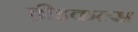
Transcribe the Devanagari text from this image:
व़ीइकल्स